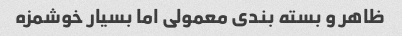
ظاهر و بسته بندی معمولی اما بسیار خوشمزه